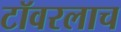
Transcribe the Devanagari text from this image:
टॉवरलाच